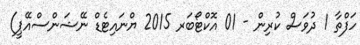
ހަފްތާ 1 ދުވަސް ކުރިން - 01 އޮކްޓޯބަރ 2015 ޔްނައިޓެޑް ނޭޝަންސްއޭޕީ)